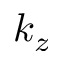
k _ { z }